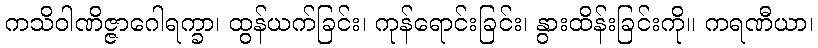
ကသိဝါဏိဇ္ဇာဂေါရက္ခာ၊ ထွန်ယက်ခြင်း၊ ကုန်ရောင်းခြင်း၊ နွားထိန်းခြင်းကို။ ကရဏီယာ၊